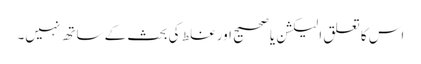
اس کا تعلق الیکشن یا صحیح اور غلط کی بحث کے ساتھ نہیں۔